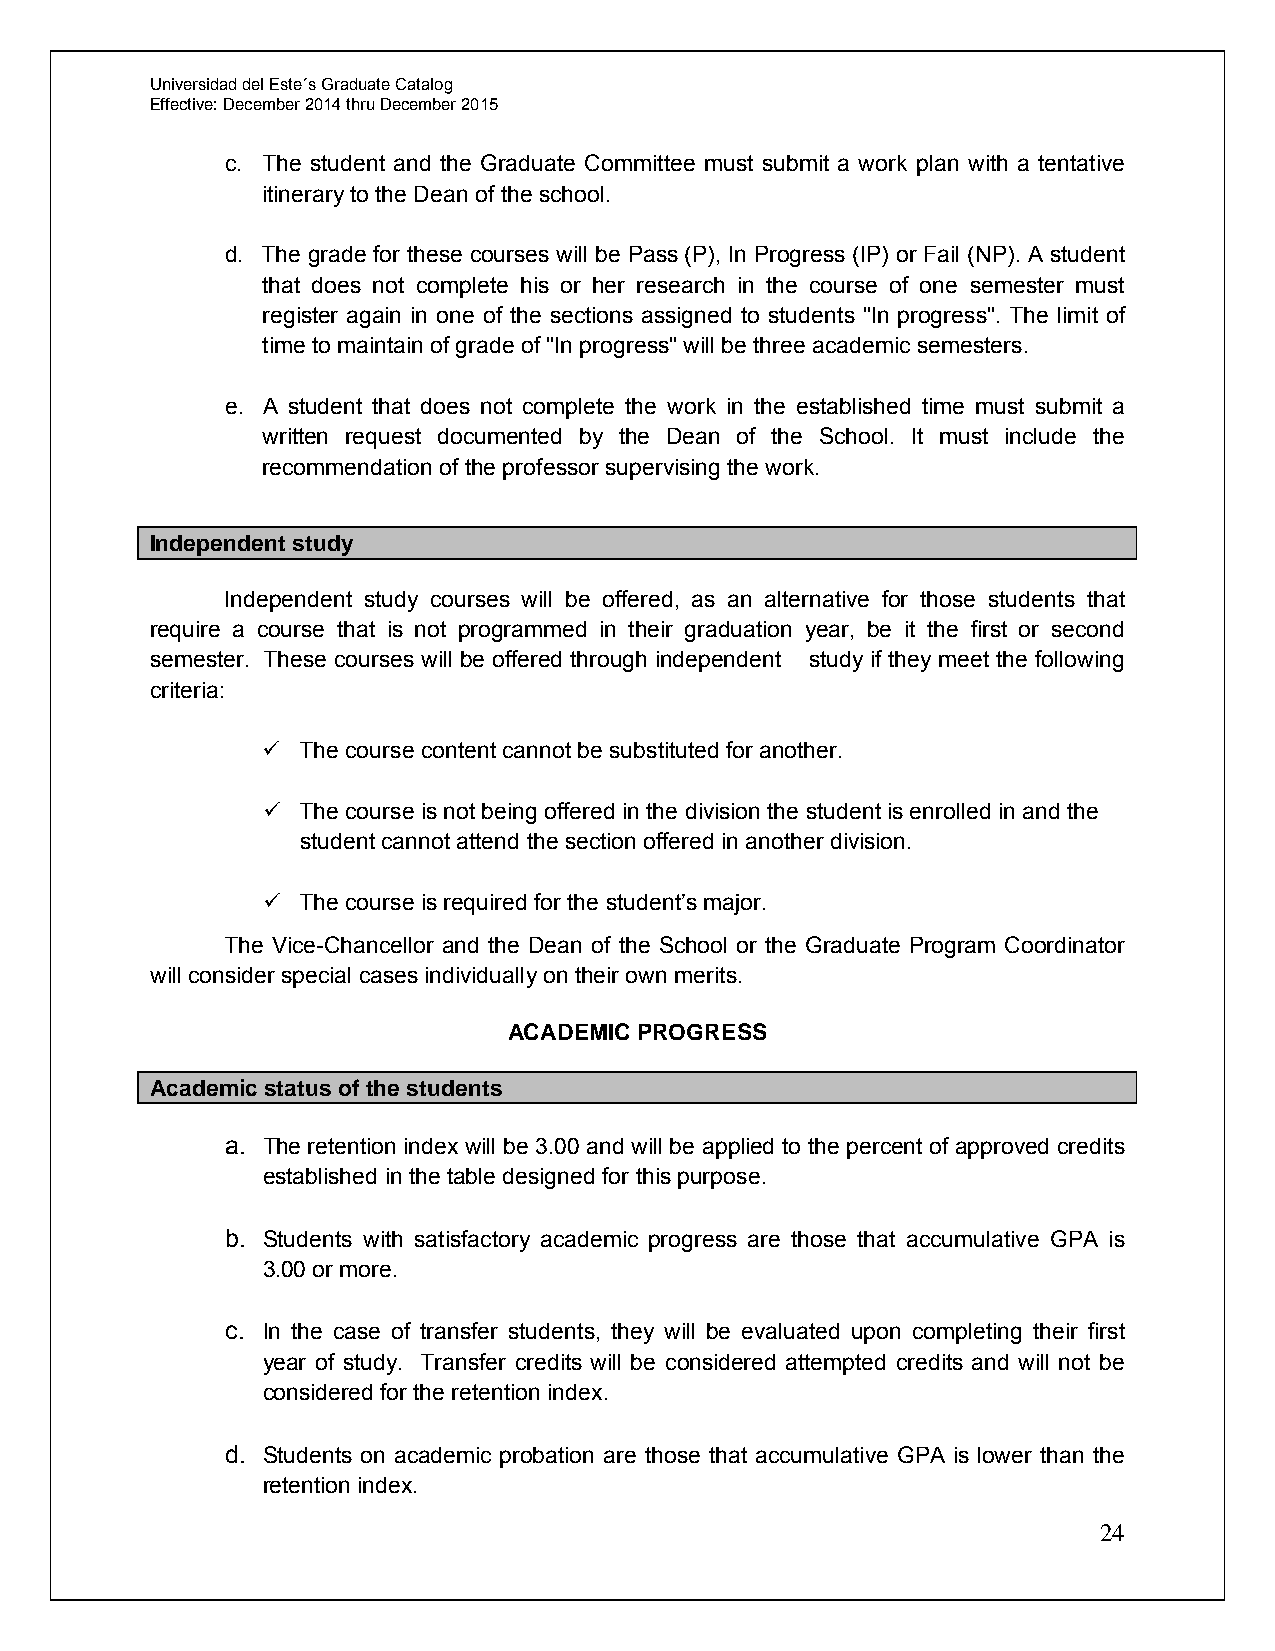
Universidad del Este´s Graduate Catalog
 Effective: December 2014 thru December 2015
 c. The student and the Graduate Committee must submit a work plan with a tentative
 itinerary to the Dean of the school.
 d. The grade for these courses will be Pass (P), In Progress (IP) or Fail (NP). A student
 that does not complete his or her research in the course of one semester must
 register again in one of the sections assigned to students "In progress". The limit of
 time to maintain of grade of "In progress" will be three academic semesters.
 e. A student that does not complete the work in the established time must submit a
 written request documented by the Dean of the School. It must include the
 recommendation of the professor supervising the work.
 Independent study
 Independent study courses will be offered, as an alternative for those students that
 require a course that is not programmed in their graduation year, be it the first or second
 semester. These courses will be offered through independent study if they meet the following
 criteria:
   The course content cannot be substituted for another.
   The course is not being offered in the division the student is enrolled in and the
 student cannot attend the section offered in another division.
   The course is required for the student’s major.
 The Vice-Chancellor and the Dean of the School or the Graduate Program Coordinator
 will consider special cases individually on their own merits.
 ACADEMIC PROGRESS
 Academic status of the students
 a. The retention index will be 3.00 and will be applied to the percent of approved credits
 established in the table designed for this purpose.
 b. Students with satisfactory academic progress are those that accumulative GPA is
 3.00 or more.
 c. In the case of transfer students, they will be evaluated upon completing their first
 year of study. Transfer credits will be considered attempted credits and will not be
 considered for the retention index.
 d. Students on academic probation are those that accumulative GPA is lower than the
 retention index.
 24